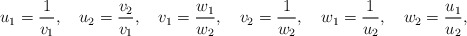
\begin{align*}u_1 = {1 \over v_1}, \quad u_2 = {v_2 \over v_1}, \quad v_1 = {w_1 \over w_2}, \quad v_2 = {1 \over w_2}, \quad w_1 = {1 \over u_2}, \quad w_2 = {u_1 \over u_2} ,\end{align*}